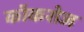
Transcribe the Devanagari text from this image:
कॉकरोज